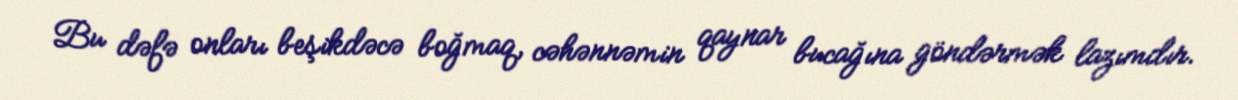
Bu dəfə onları beşikdəcə boğmaq, cəhənnəmin qaynar bucağına göndərmək lazımdır.